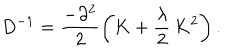
D ^ { - 1 } = \frac { - \partial ^ { 2 } } { 2 } \left( K + \frac { \lambda } { 2 } \, K ^ { 2 } \right) .